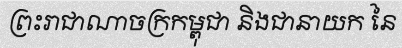
ព្រះរាជាណាចក្រកម្ពុជា និងជានាយក នៃ